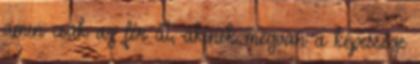
amin csak az fér át, akinek megvan a képessége